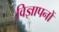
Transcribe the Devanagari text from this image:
वि़ज्ञापनों